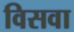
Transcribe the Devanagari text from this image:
विसवा